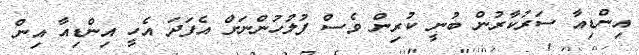
އިންޑިއާ ސަރުކާރުން ބުނީ ކުރިން ވެސް ފުލުހުންނަށް އެފަދަ އެހީ އިންޑިއާ އިން